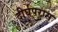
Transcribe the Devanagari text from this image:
दीर्घपरास